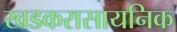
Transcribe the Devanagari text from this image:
खडकरासायनिक